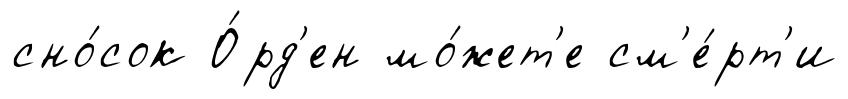
сно́сок О́рд'ен мо́жет'е см'е́рт'и